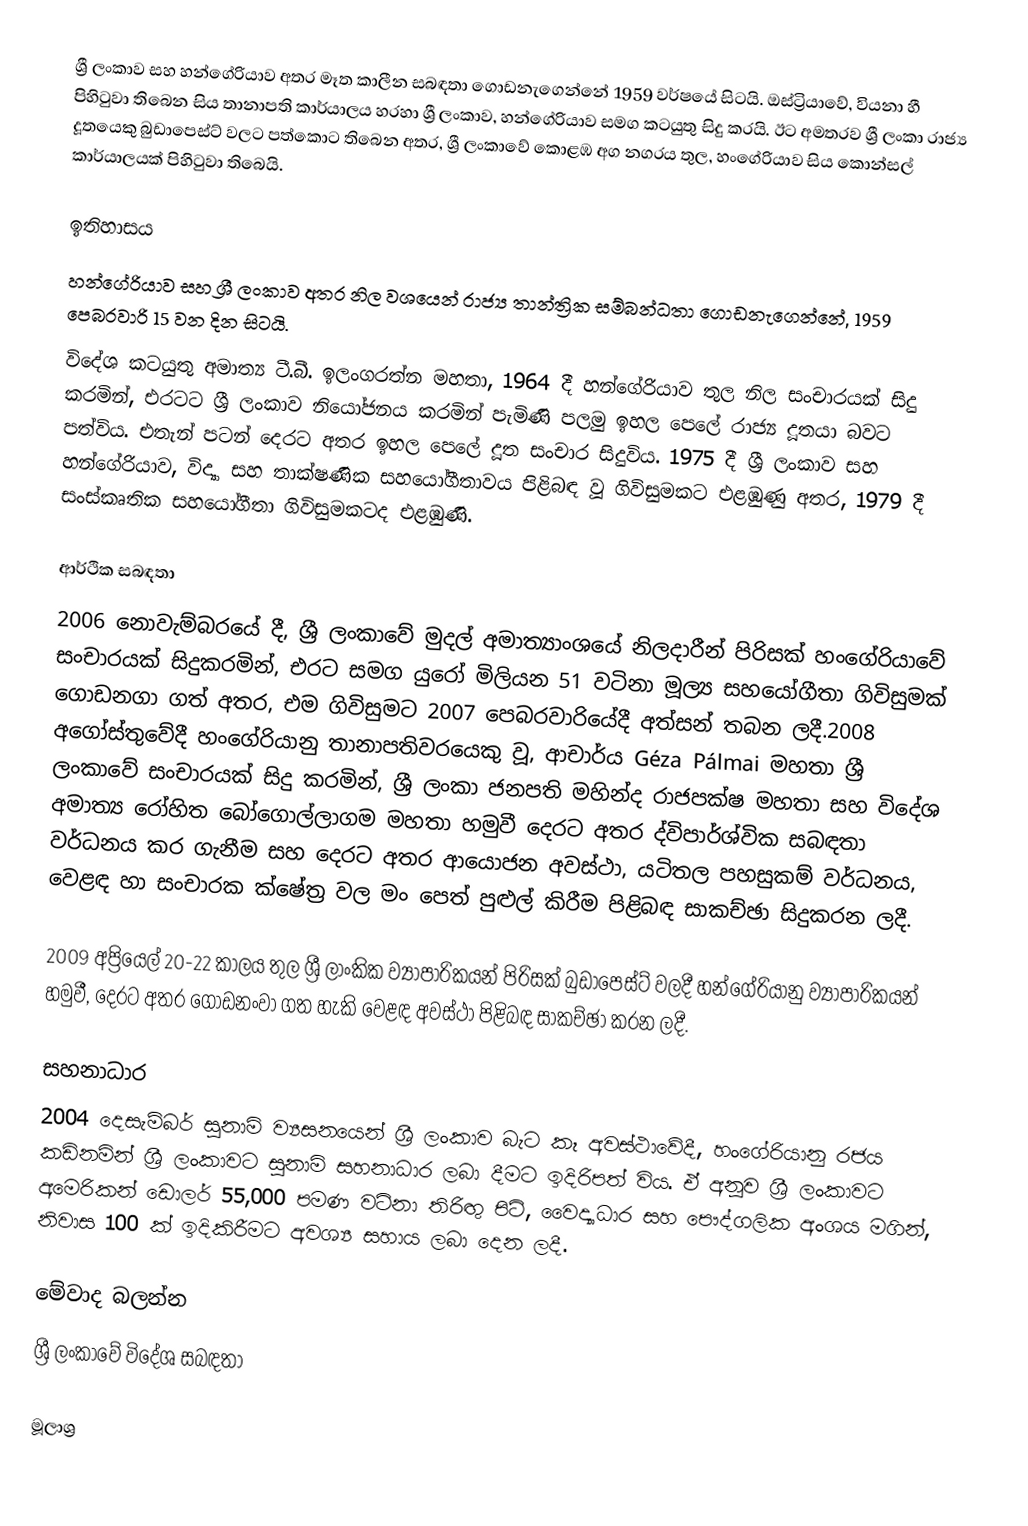
ශ්‍රී ලංකාව සහ හන්ගේරියාව අතර මෑත කාලීන සබඳතා ගොඩනැගෙන්නේ 1959 වර්ෂයේ සිටයි. ඔස්ට්‍රියාවේ, වියනා හී පිහිටුවා තිබෙන සිය තානාපති කාර්යාලය හරහා ශ්‍රී ලංකාව, හන්ගේරියාව සමග කටයුතු සිදු කරයි. ඊට අමතරව ශ්‍රී ලංකා රාජ්‍ය දූතයෙකු බුඩාපෙස්ට් වලට පත්කොට තිබෙන අතර, ශ්‍රී ලංකාවේ කොළඹ අග නගරය තුල, හංගේරියාව සිය කොන්සල් කාර්යාලයක් පිහිටුවා තිබෙයි.

ඉතිහාසය
හන්ගේරියාව සහ ශ්‍රී ලංකාව අතර නිල වශයෙන් රාජ්‍ය තාන්ත්‍රික සම්බන්ධතා ගොඩනැගෙන්නේ, 1959 පෙබරවාරි 15 වන දින සිටයි.
විදේශ කටයුතු අමාත්‍ය ටී.බී. ඉලංගරත්න මහතා, 1964 දී හන්ගේරියාව තුල නිල සංචාරයක් සිදු කරමින්, එරටට ශ්‍රී ලංකාව නියෝජනය කරමින් පැමිණි පලමු ඉහල පෙලේ රාජ්‍ය දූතයා බවට පත්විය. එතැන් පටන් දෙරට අතර ඉහල පෙලේ දූත සංචාර සිදුවිය. 1975 දී ශ්‍රී ලංකාව සහ හන්ගේරියාව, විද්‍යා සහ තාක්ෂණික සහයෝගීතාවය පිළිබඳ වූ ගිවිසුමකට එළඹුණු අතර, 1979 දී සංස්කෘතික සහයෝගීතා ගිවිසුමකටද එළඹුණි.

ආර්ථික සබඳතා
2006 නොවැම්බරයේ දී, ශ්‍රී ලංකාවේ මුදල් අමාත්‍යාංශයේ නිලදාරීන් පිරිසක් හංගේරියාවේ සංචාරයක් සිදුකරමින්, එරට සමග යුරෝ මිලියන 51 වටිනා මූල්‍ය සහයෝගීතා ගිවිසුමක් ගොඩනගා ගත් අතර, එම ගිවිසුමට 2007 පෙබරවාරියේදී අත්සන් තබන ලදී.2008 අගෝස්තුවේදී හංගේරියානු තානාපතිවරයෙකු වූ, ආචාර්ය Géza Pálmai මහතා ශ්‍රී ලංකාවේ සංචාරයක් සිදු කරමින්, ශ්‍රී ලංකා ජනපති මහින්ද රාජපක්ෂ මහතා සහ විදේශ අමාත්‍ය රෝහිත බෝගොල්ලාගම මහතා හමුවී දෙරට අතර ද්විපාර්ශ්වික සබඳතා වර්ධනය කර ගැනීම සහ දෙරට අතර ආයොජන අවස්ථා, යටිතල පහසුකම් වර්ධනය, වෙළඳ හා සංචාරක ක්ෂේත්‍ර වල මං පෙත් පුළුල් කිරීම පිළිබඳ සාකච්ඡා සිදුකරන ලදී.

2009 අප්‍රියෙල් 20-22 කාලය තුල ශ්‍රී ලාංකික ව්‍යාපාරිකයන් පිරිසක් බුඩාපෙස්ට් වලදී හන්ගේරියානු ව්‍යාපාරිකයන් හමුවී, දෙරට අතර ගොඩනංවා ගත හැකි වෙළඳ අවස්ථා පිළිබඳ සාකච්ඡා කරන ලදී.

සහනාධාර
2004 දෙසැම්බර් සුනාමි ව්‍යසනයෙන්  ශ්‍රී ලංකාව බැට කෑ අවස්ථාවේදී, හංගේරියානු රජය කඩිනමින් ශ්‍රී ලංකාවට සුනාමි සහනාධාර ලබා දීමට ඉදිරිපත් විය. ඒ අනූව ශ්‍රී ලංකාවට අමෙරිකන් ඩොලර් 55,000 පමණ වටිනා තිරිඟු පිටි, වෛද්‍යාධාර සහ පෞද්ගලික අංශය මගින්, නිවාස 100 ක් ඉදිකිරීමට අවශ්‍ය සහාය ලබා දෙන ලදී.

මේවාද බලන්න
 ශ්‍රී ලංකාවේ විදේශ සබඳතා

මූලාශ්‍ර